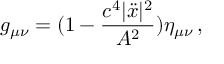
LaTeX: g _ { \mu \nu } = ( 1 - \frac { c ^ { 4 } | \ddot { x } | ^ { 2 } } { A ^ { 2 } } ) \eta _ { \mu \nu } \, { , }